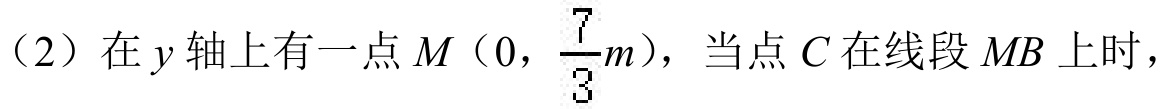
（2）在\(y\)轴上有一点\(M(0,\frac{7}{3}m)\)，当点\(C\)在线段\(MB\)上时，